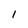
Character: l